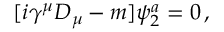
[ i \gamma ^ { \mu } D _ { \mu } - m ] \psi _ { 2 } ^ { a } = 0 \, ,